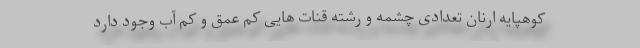
کوهپایه ارنان تعدادی چشمه و رشته قنات هایی کم عمق و کم آب وجود دارد